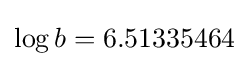
\log b=6.51335464